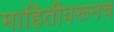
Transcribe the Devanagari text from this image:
माहितीवरूनच